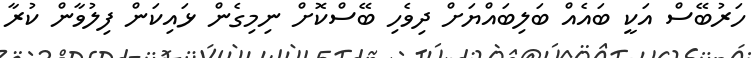
ހަރުބޭސް އަކީ ބައެއް ބަލިބައްޔަށް ދިވެހި ބޭސްކޮށް ނިމިގެން ޅައިކަން ފިލުވާން ކުރާ